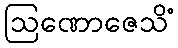
ဩဏောဇေသိံ